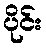
ပိုင်း